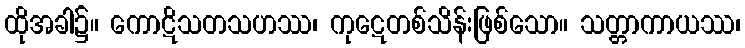
ထိုအခါ၌။ ကောဋိသတသဟဿ၊ ကုဋေတစ်သိန်းဖြစ်သော။ သတ္တာကာယဿ၊